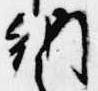
納